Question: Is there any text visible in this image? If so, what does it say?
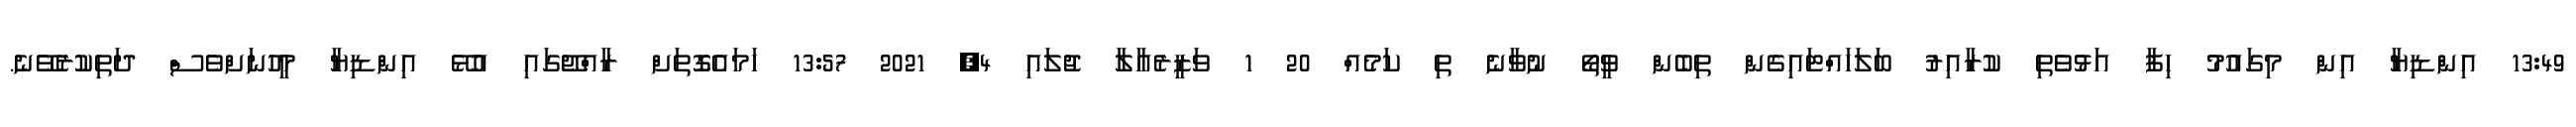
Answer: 13:49 އިންޑިޔާ އިން މިގައުމު ހިފާ އަޅުވެތި ކުރާއިރު ބަލަހައްޓައިގެން ތިބެން ވީތޯ ނުވާނެ ތި ކަމެއް 20 1 ވަޒީރެއާލާ ޖުލައި 4, 2021 13:57 ހަމައެގޮތަށް ރާއްޖޭގައި އުޅޭ އިންޑިޔާ މީހުނަށްވެސް ދަތިކުރެވޭނެ.